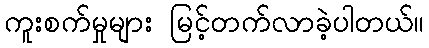
ကူးစက်မှုများ မြင့်တက်လာခဲ့ပါတယ်။